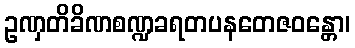
ဥဏှတိခိဏစဏ္ဍခရတပနတေဇဝန္တော၊